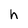
Character: h